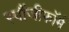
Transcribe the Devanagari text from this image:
स्पौंजीफॉर्म